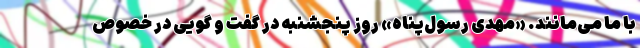
با ما می‌مانند. «مهدی رسول‌پناه» روز پنجشنبه در گفت و گویی در خصوص